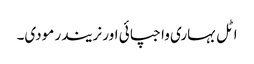
اٹل بہاری واجپائی اور نریندر مودی۔